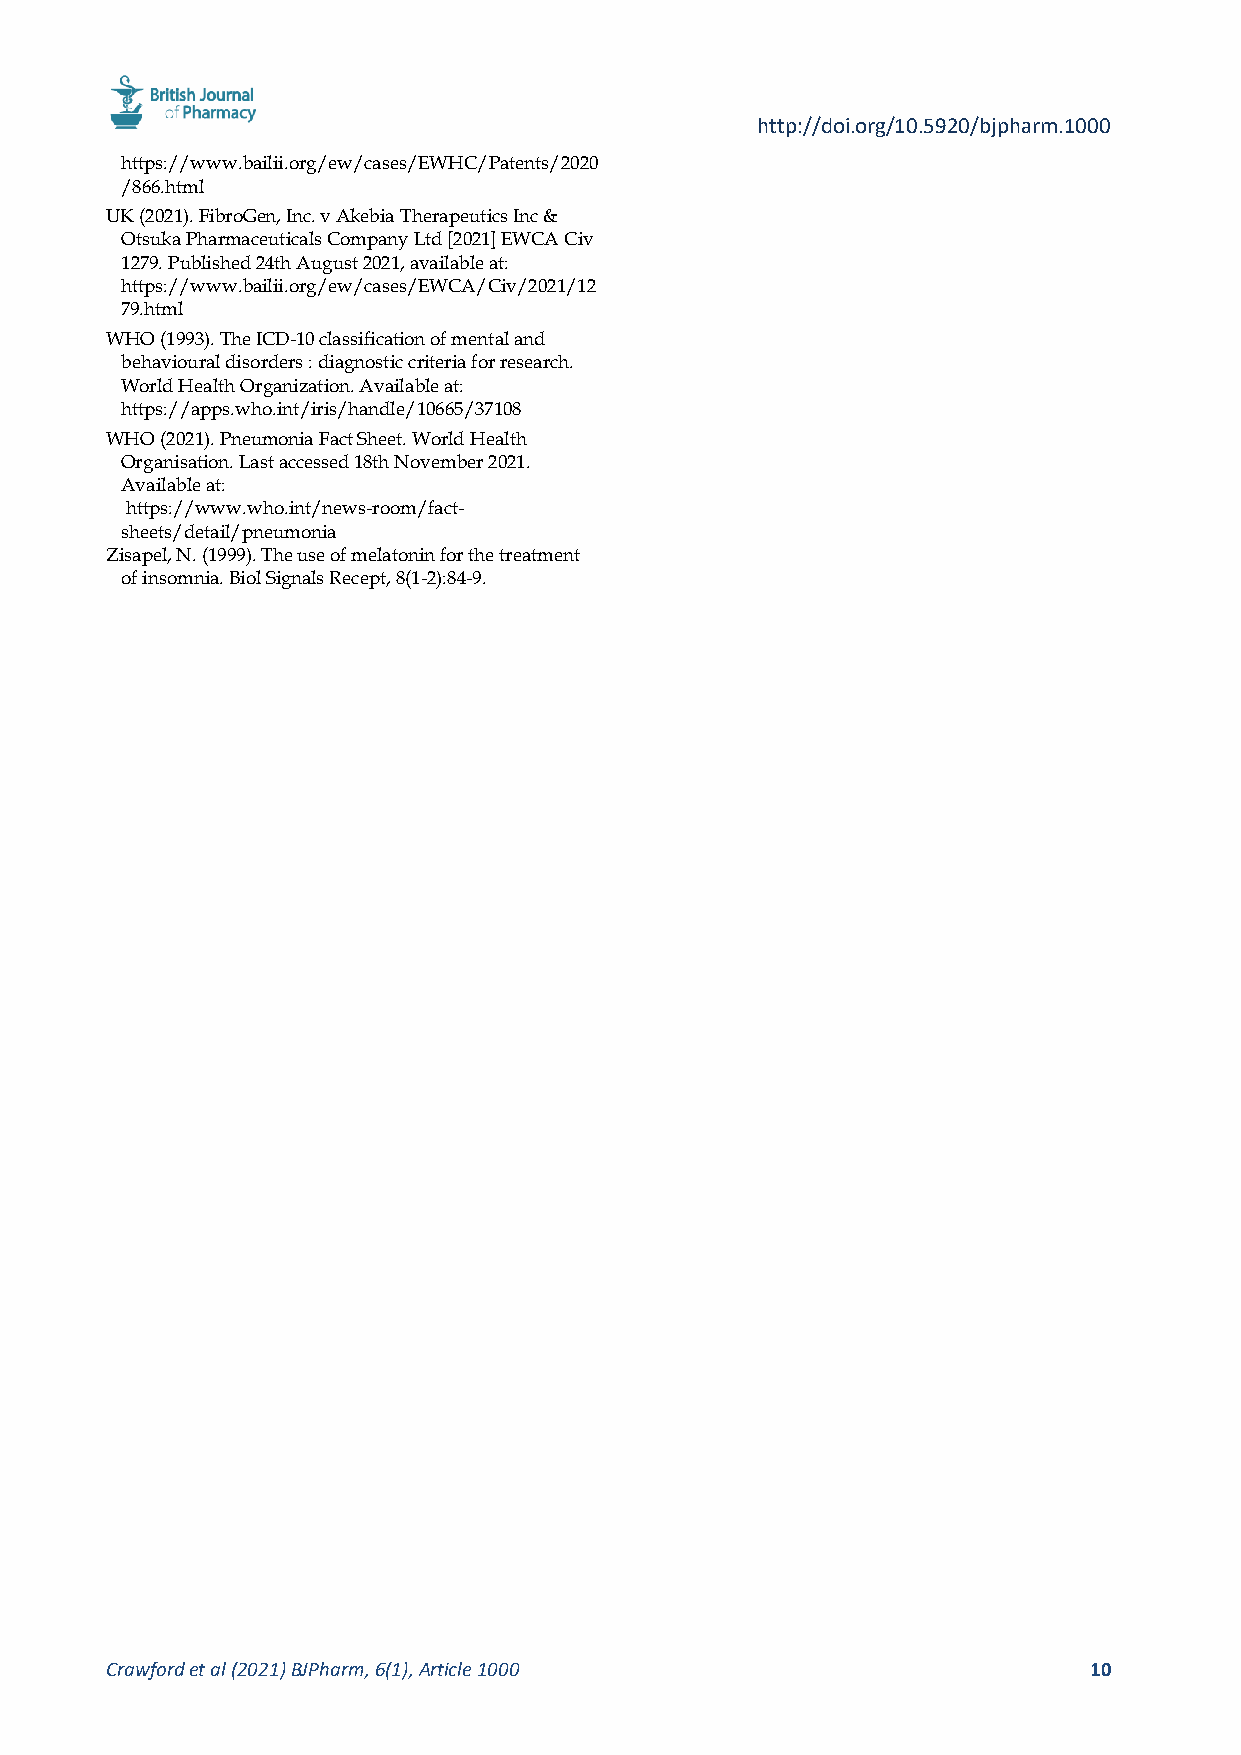
http://doi.org/10.5920/bjpharm.1000
 https://www.bailii.org/ew/cases/EWHC/Patents/2020
 /866.html
 UK (2021). FibroGen, Inc. v Akebia Therapeutics Inc &
 Otsuka Pharmaceuticals Company Ltd [2021] EWCA Civ
 1279. Published 24th August 2021, available at:
 https://www.bailii.org/ew/cases/EWCA/Civ/2021/12
 79.html
 WHO (1993). The ICD-10 classification of mental and
 behavioural disorders : diagnostic criteria for research.
 World Health Organization. Available at:
 https://apps.who.int/iris/handle/10665/37108
 WHO (2021). Pneumonia Fact Sheet. World Health
 Organisation. Last accessed 18th November 2021.
 Available at:
 https://www.who.int/news-room/fact-
 sheets/detail/pneumonia
 Zisapel, N. (1999). The use of melatonin for the treatment
 of insomnia. Biol Signals Recept, 8(1-2):84-9.
 Crawford et al (2021) BJPharm, 6(1), Article 1000                10